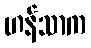
ဟန်သာက